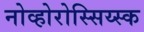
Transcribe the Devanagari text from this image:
नोव्होरोस्सिय्स्क